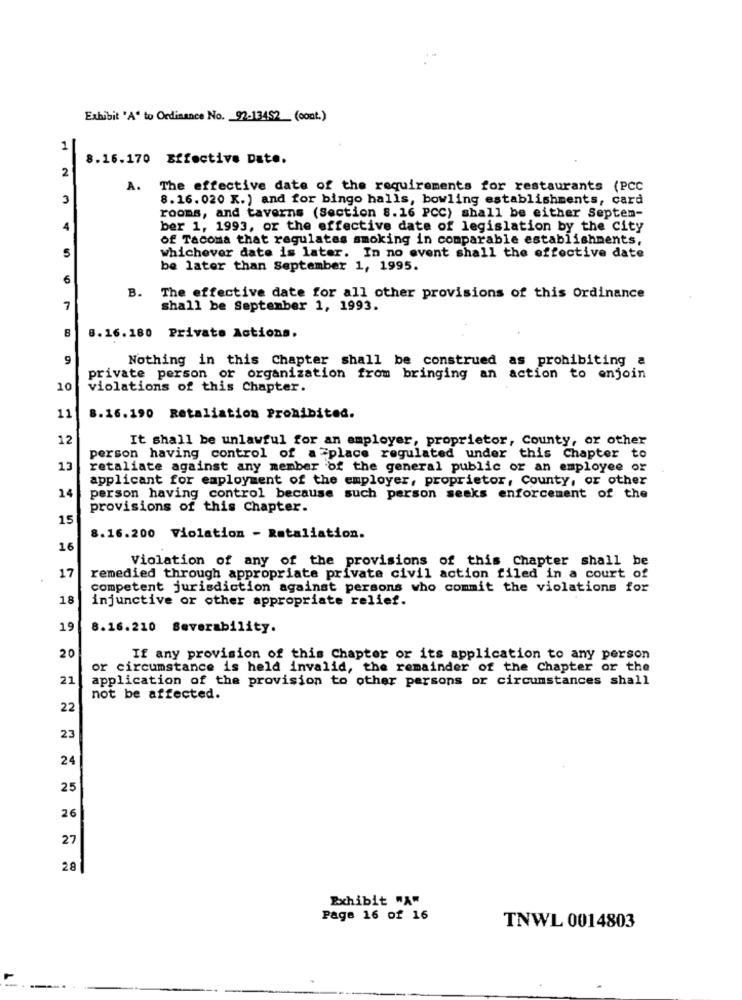
Exhibit "A" to Ordinance No. 92-13452_ (cont.)
1
8.16.170 Effective Date.
2
A.
The effective date of the requirements for restaurants (PCC
3
8.16. 020 K.) and for bingo halls, bowling establishments, card
rooms, and taverns (Section 8.16 PCC) shall be either Septen-
4
ber 1, 1993, or the effective date of legislation by the City
of Tacoma that regulates smoking in comparable establishments,
5
whichever date is later. In no event shall the effective date
be later than September 1, 1995.
6
B. The effective date for all other provisions of this Ordinance
7
shall be September 1, 1993.
8
8.16.180 Private Actions.
9
Nothing in this Chapter shall be construed as prohibiting a
private person or organization from bringing an action to enjoin
10
violations of this Chapter.
11
8.16.190 Retaliation Prohibited.
12
It shall be unlawful for an employer, proprietor, County, or other
person having control of a "place regulated under this Chapter to
13
retaliate against any member of the general public or an employee or
applicant for employment of the employer, proprietor, County, or other
14
person having control because such person seeks enforcement of the
provisions of this Chapter.
15
8.16.200 Violation - Retaliation.
16
Violation of any of the provisions of this Chapter shall be
17
remedied through appropriate private civil action filed in a court of
competent jurisdiction against persons who commit the violations for
18
injunctive or other appropriate relief.
19
8.16.210 Severability.
20
If any provision of this Chapter or its application to any person
or circumstance is held invalid, the remainder of the Chapter or the
21
application of the provision to other persons or circumstances shall
not be affected.
22
23
24
25
26
27
28
Exhibit "A"
Page 16 of 16
TNWL 0014803